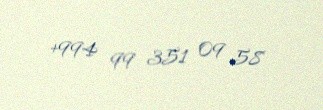
+994 99 351 09 58